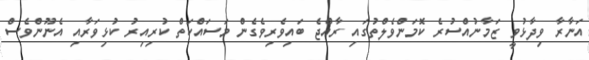
އަނާރާ ވިދާޅުވީ ޒަމާނުއްސުރެ ކޮމަންވެލްތުގައި ރާއްޖެ ބައިވެރިވެގެން މަސައްކަތް ކުރިއިރު ކުޅިވަރާއި އެނޫންވެސް